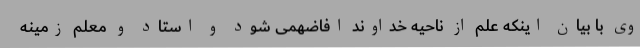
وی با بیان اینکه علم از ناحیه خداوند افاضهمی شود و استاد و معلم زمینه